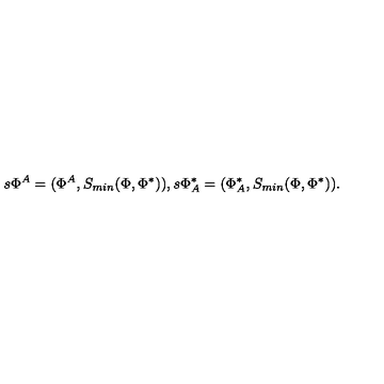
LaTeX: s \Phi ^ { A } = ( \Phi ^ { A } , S _ { m i n } ( \Phi , \Phi ^ { \ast } ) ) , s \Phi _ { A } ^ { \ast } = ( \Phi _ { A } ^ { \ast } , S _ { m i n } ( \Phi , \Phi ^ { \ast } ) ) .